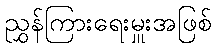
ညွှန်ကြားရေးမှူးအဖြစ်